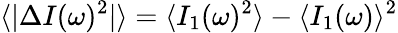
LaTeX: \langle|\Delta I(\omega)^{2}|\rangle=\langle I_{1}(\omega)^{2}\rangle-\langle I_{1}(\omega)\rangle^{2}